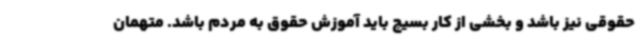
حقوقی نیز باشد و بخشی از کار بسیج باید آموزش حقوق به مردم باشد. متهمان